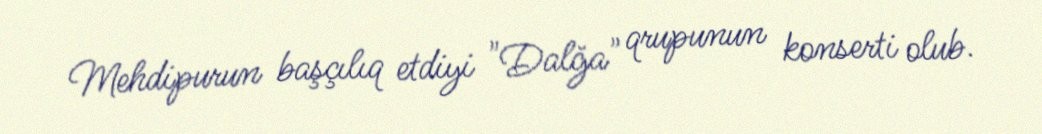
Mehdipurun başçılıq etdiyi "Dalğa" qrupunun konserti olub.